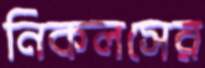
নিকলসের